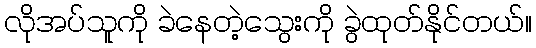
လိုအပ်သူကို ခဲနေတဲ့သွေးကို ခွဲထုတ်နိုင်တယ်။